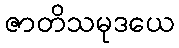
ဇာတိသမုဒယေ